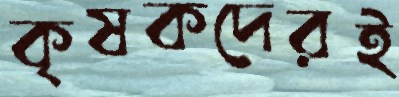
কৃষকদেরই